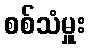
စစ်သံမှူး